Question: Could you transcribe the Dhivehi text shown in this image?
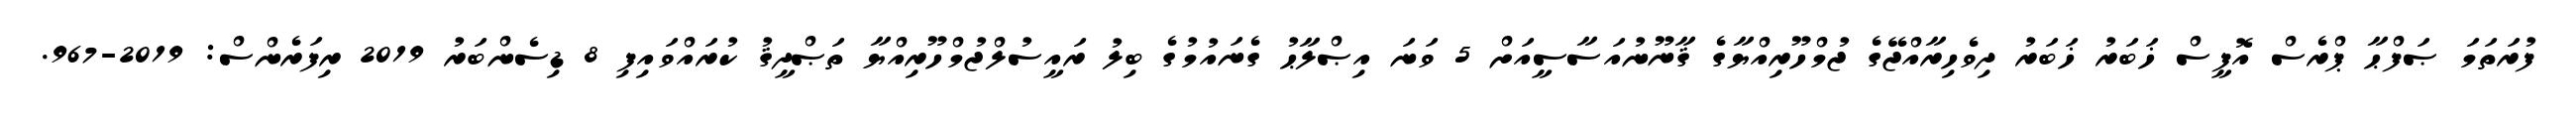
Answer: ފުރަތަމަ ޞަފްޙާ ޕްރެސް އޮފީސް ޚަބަރު ޚަބަރު ދިވެހިރާއްޖޭގެ ޖުމްހޫރިއްޔާގެ ޤާނޫނުއަސާސީއަށް 5 ވަނަ އިޞްލާޙު ގެނައުމުގެ ބިލު ރައީސުލްޖުމްހޫރިއްޔާ ތަޞްދީޤު ކުރައްވައިފި 8 ޑިސެންބަރު 2019 ރިފަރެންސް: 2019-967.